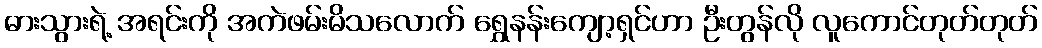
ဓားသွားရဲ့ အရင်းကို အကဲဖမ်းမိသလောက် ရွှေနန်းကျော့ရှင်ဟာ ဦးတွန်လို လူကောင်တုတ်တုတ်